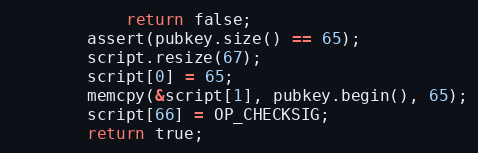
Language: C++
            return false;
        assert(pubkey.size() == 65);
        script.resize(67);
        script[0] = 65;
        memcpy(&script[1], pubkey.begin(), 65);
        script[66] = OP_CHECKSIG;
        return true;